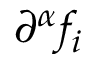
\partial ^ { \alpha } f _ { i }